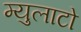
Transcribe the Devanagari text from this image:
म्युलाटो